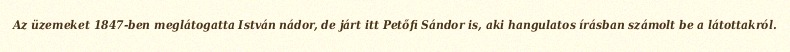
Az üzemeket 1847-ben meglátogatta István nádor, de járt itt Petőfi Sándor is, aki hangulatos írásban számolt be a látottakról.